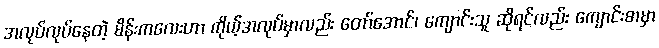
အလုပ်လုပ်နေတဲ့ မိန်းကလေးဟာ ကိုယ့်အလုပ်မှာလည်း တော်အောင်၊ ကျောင်းသူ ဆိုရင်လည်း ကျောင်းစာမှာ